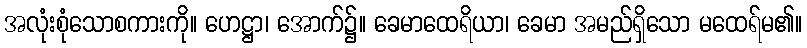
အလုံးစုံသောစကားကို။ ဟေဋ္ဌာ၊ အောက်၌။ ခေမာထေရိယာ၊ ခေမာ အမည်ရှိသော မထေရ်မ၏။